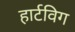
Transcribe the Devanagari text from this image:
हार्टविग